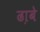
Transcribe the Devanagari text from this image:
ढा़बे